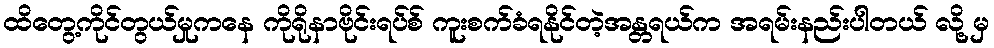
ထိတွေ့ကိုင်တွယ်မှုကနေ ကိုရိုနာဗိုင်းရပ်စ် ကူးစက်ခံရနိုင်တဲ့အန္တရယ်က အရမ်းနည်းပါတယ် လို့ မှ